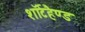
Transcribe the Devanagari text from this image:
शॉर्टहैण्ड